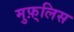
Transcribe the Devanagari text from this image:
मुफ़्लिस